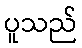
ပူသည်